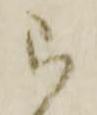
被